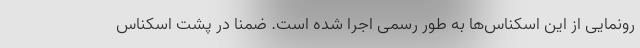
رونمایی از این اسکناس‌ها به طور رسمی اجرا شده است. ضمنا در پشت اسکناس‌